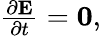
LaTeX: \begin{array}{r}{\frac{\partial\mathbf{E}}{\partial t}=\mathbf{0},}\end{array}